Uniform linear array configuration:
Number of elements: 48
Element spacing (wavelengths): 1
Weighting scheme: uniform
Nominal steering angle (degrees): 30
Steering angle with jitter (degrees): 28.022
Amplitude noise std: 0.05
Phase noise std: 0.05

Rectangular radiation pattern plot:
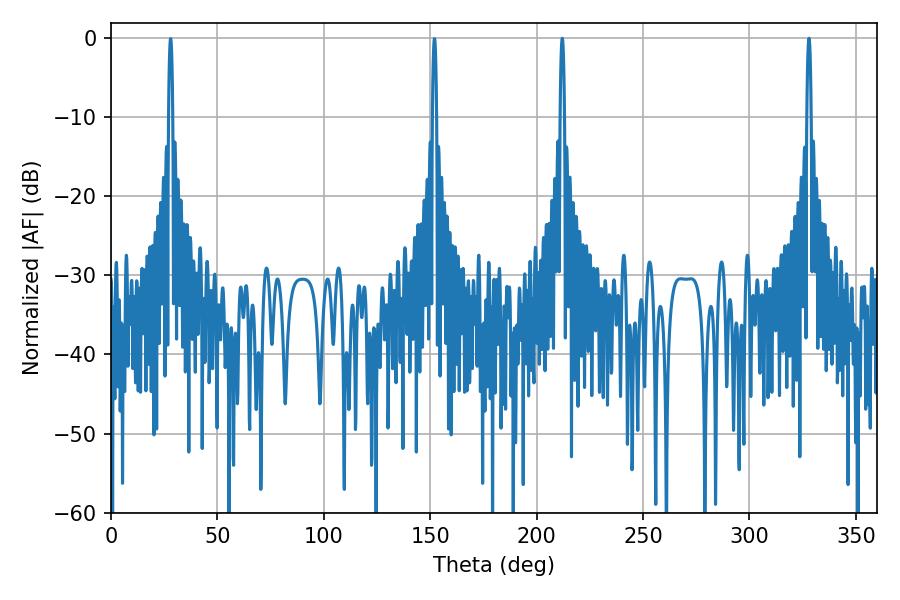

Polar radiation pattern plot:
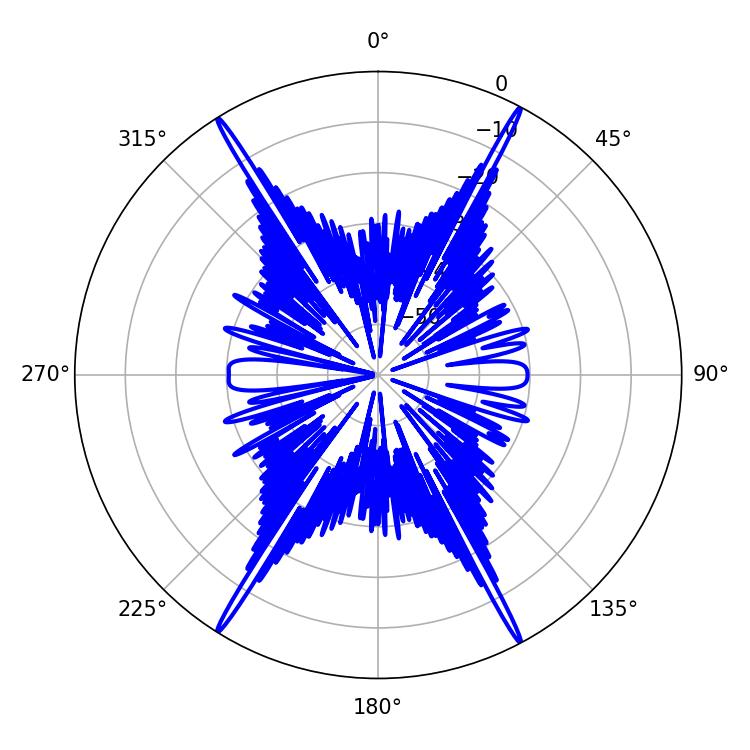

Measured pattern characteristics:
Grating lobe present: TRUE
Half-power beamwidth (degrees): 1.08
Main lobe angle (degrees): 212.04